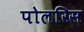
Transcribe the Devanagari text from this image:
पोलरिस